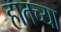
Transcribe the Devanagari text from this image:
हातच्या